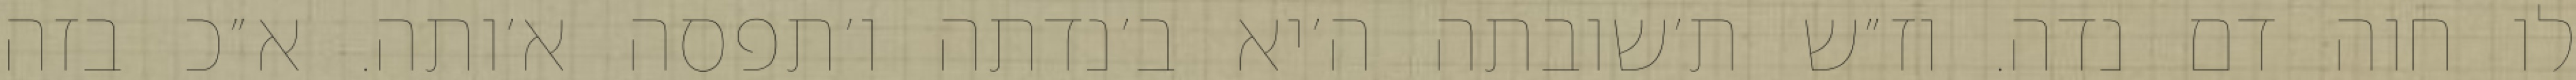
לו חוה דם נדה. וז״ש ת׳שובתה ה׳יא ב׳נדתה ו׳תפסה א׳ותה. א״כ בזה